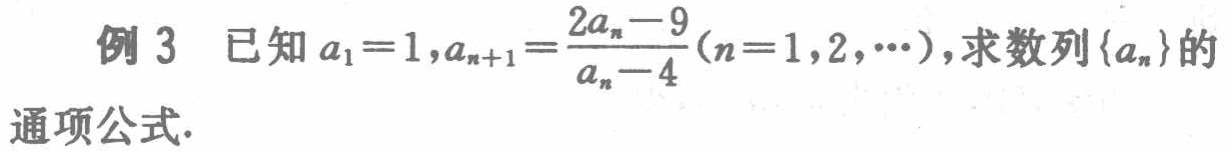
例 3 已知 \(a_{1}=1,a_{n + 1}=\frac{2a_{n}-9}{a_{n}-4}(n = 1,2,\cdots)\)，求数列\(\{a_{n}\}\)的通项公式.